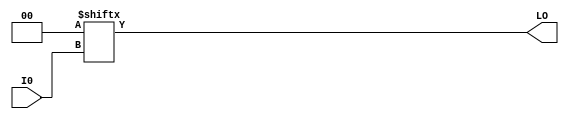
// $Header: /devl/xcs/repo/env/Databases/CAEInterfaces/xec_libs/data/unisims/LUT1_L.v,v 1.1 2005/05/10 01:20:06 wloo Exp $
/*

FUNCTION	: 2-inputs LUT

*/

`celldefine
`timescale  100 ps / 10 ps

module LUT1_L (LO, I0);

    parameter INIT = 2'h0;

    input I0;

    output LO;

    wire out;

	assign LO = INIT[I0];

endmodule